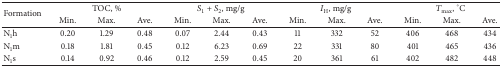
<table><thead><tr><td rowspan="2"><b>Formation</b></td><td colspan="3"><b>TOC, %</b></td><td colspan="3"><b><i>S</i><sub>1</sub> + <i>S</i><sub>2</sub>, mg/g</b></td><td colspan="3"><b><i>I</i><sub>H</sub>, mg/g</b></td><td colspan="3"><b><i>T</i><sub>max⁡</sub>, °C</b></td></tr><tr><td><b>Min.</b></td><td><b>Max.</b></td><td><b>Ave.</b></td><td><b>Min.</b></td><td><b>Max.</b></td><td><b>Ave.</b></td><td><b>Min.</b></td><td><b>Max.</b></td><td><b>Ave.</b></td><td><b>Min.</b></td><td><b>Max.</b></td><td><b>Ave.</b></td></tr></thead><tbody><tr><td>N<sub>1</sub>h</td><td>0.20</td><td>1.29</td><td>0.48</td><td>0.07</td><td>2.44</td><td>0.43</td><td>11</td><td>332</td><td>52</td><td>406</td><td>468</td><td>434</td></tr><tr><td>N<sub>1</sub>m</td><td>0.18</td><td>1.81</td><td>0.45</td><td>0.12</td><td>6.23</td><td>0.69</td><td>22</td><td>331</td><td>80</td><td>401</td><td>465</td><td>436</td></tr><tr><td>N<sub>1</sub>s</td><td>0.14</td><td>0.92</td><td>0.46</td><td>0.12</td><td>2.59</td><td>0.45</td><td>20</td><td>361</td><td>61</td><td>402</td><td>482</td><td>448</td></tr></tbody></table>